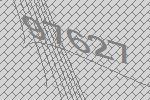
97627